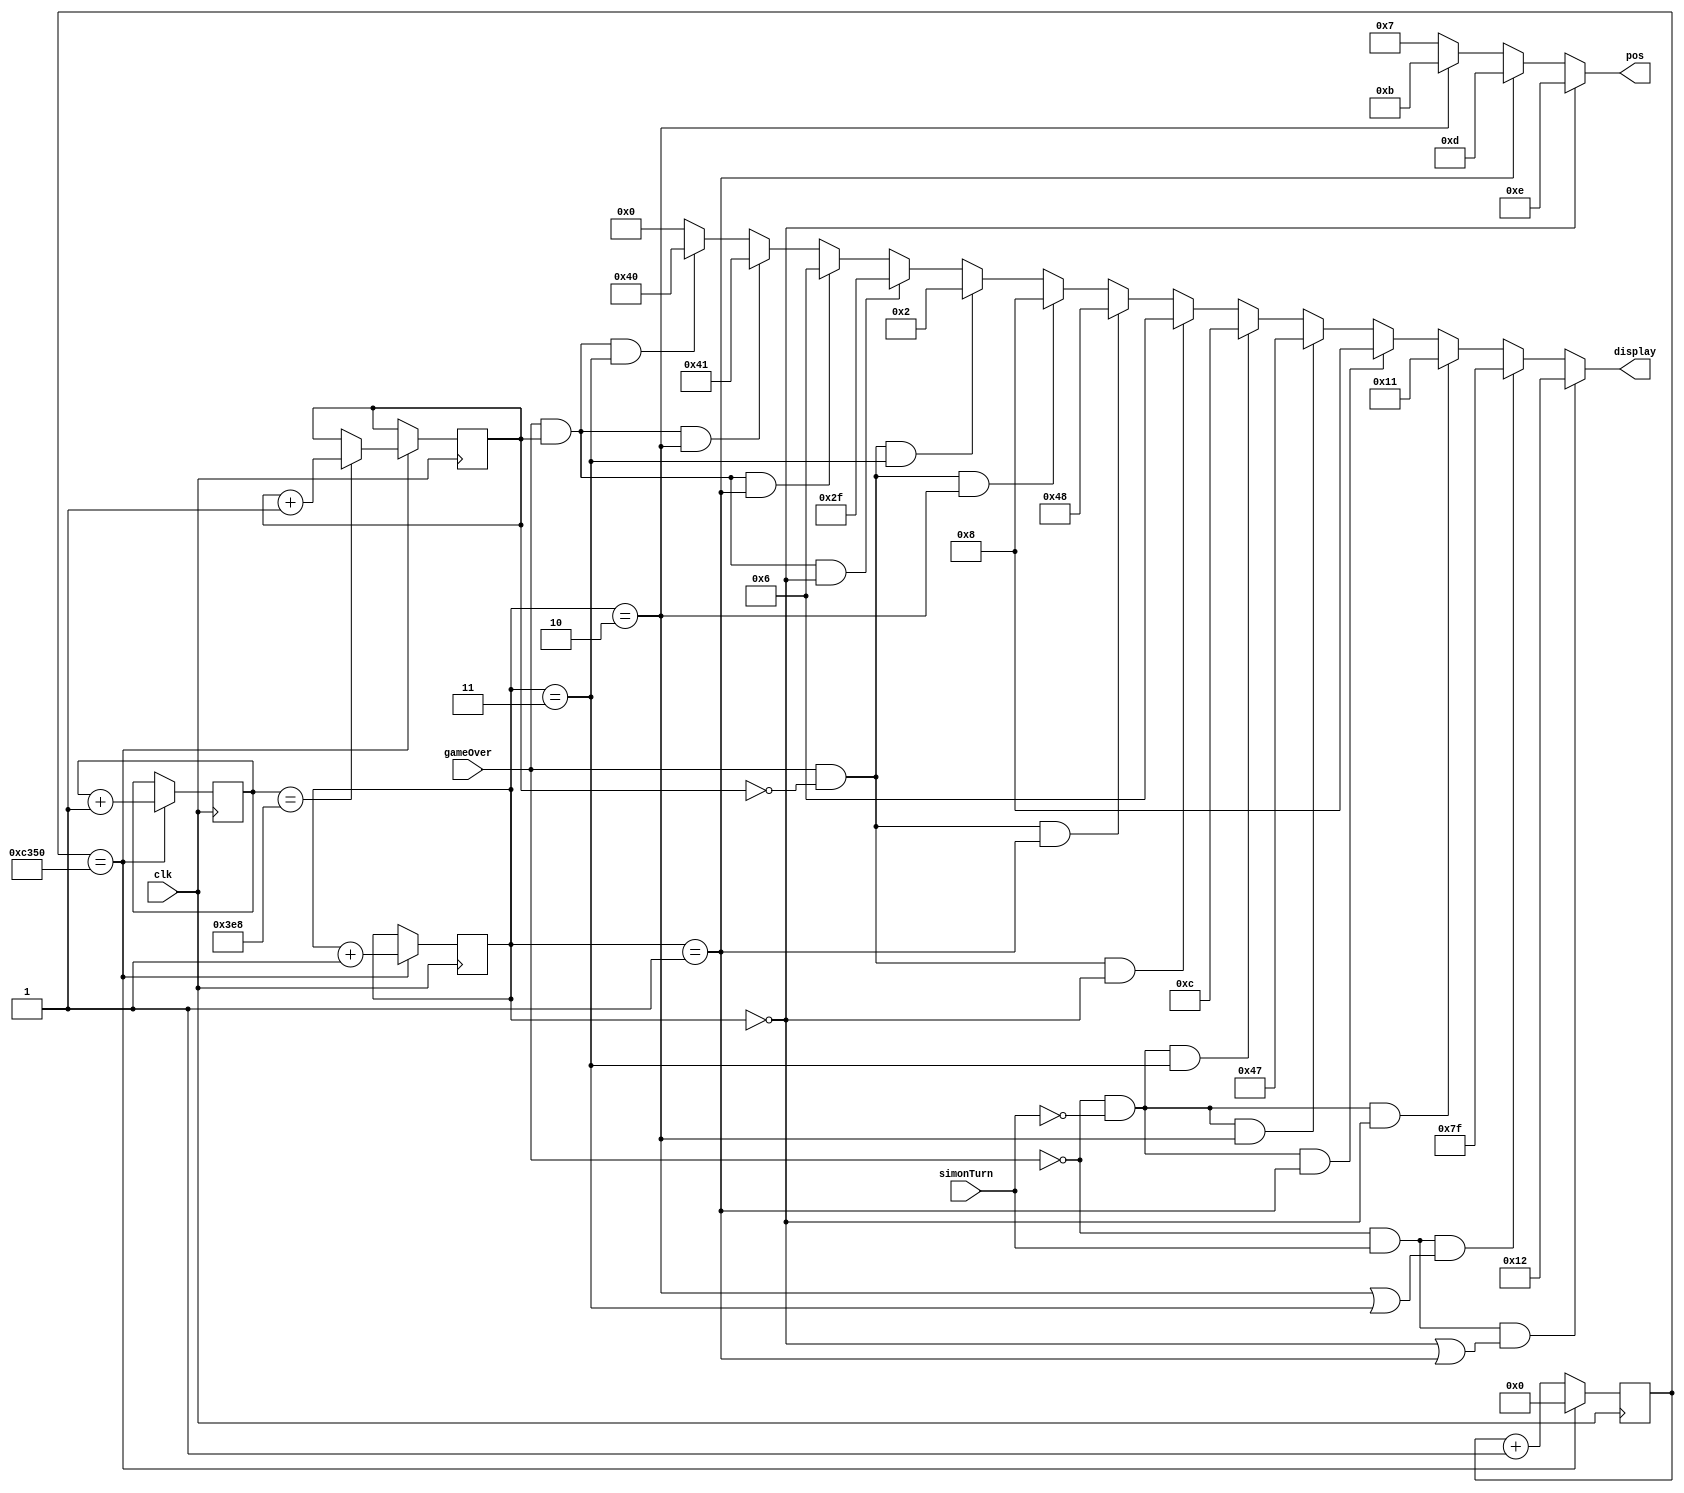
`timescale 1ns / 1ps
//////////////////////////////////////////////////////////////////////////////////
// Company: ITESO 
//////////////////////////////////////////////////////////////////////////////////
module Display(
	input simonTurn,
	input gameOver,
	input clk,
	output [3:0]pos,
	output [6:0] display
    );
	reg [1:0]mux;
	reg toggle;
	reg [16:0]counter1;
	reg [9:0]counter2;
	
	always @(posedge clk)
	begin
		counter1 <= counter1 + 1;
		if(counter1 == 50000)
			begin
				mux <= mux + 1;
				counter1 <= 0;
				if(counter2 == 1000)
					begin
						toggle <= toggle + 1;
					end
				counter2 <= counter2 + 1;
			end
		
	end
	
	assign pos = (mux == 0) ? 14 :
					 (mux == 1) ? 13 :
					 (mux == 2) ? 11 :
									 7  ;
	assign display = (~gameOver & simonTurn & (mux == 0 | mux == 1)) ? 7'b0010010 ://S
						  (~gameOver & simonTurn & (mux == 2 | mux == 3)) ? 7'b1111111 ://Off
						  (~gameOver & ~simonTurn & mux == 0) ? 7'b0010001 :
						  (~gameOver & ~simonTurn & mux == 1) ? 7'b0001000 :
						  (~gameOver & ~simonTurn & mux == 2) ? 7'b1000111 :
						  (~gameOver & ~simonTurn & mux == 3) ? 7'b0001100 :
						  (gameOver & ~toggle & mux == 0) ? 7'b0000110 :
						  (gameOver & ~toggle & mux == 1) ? 7'b1001000 :
						  (gameOver & ~toggle & mux == 2) ? 7'b0001000 :
						  (gameOver & ~toggle & mux == 3) ? 7'b0000010 :
						  (gameOver & toggle & mux == 0) ? 7'b0101111 :
						  (gameOver & toggle & mux == 1) ? 7'b0000110 :
						  (gameOver & toggle & mux == 2) ? 7'b1000001 :
						  (gameOver & toggle & mux == 3) ? 7'b1000000 :
																	  7'b0000000 ;
																	  
				
endmodule